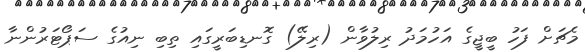
މެޗަށް ފަހު ބީޖީގެ އަހުމަދު ރިލުވާން (ރިލޭ) ގޮނޑިބަރީގައި ތިބި ނިއުގެ ސަޕޯޓަރުންނާ